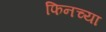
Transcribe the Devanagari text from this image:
फिनच्या